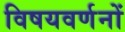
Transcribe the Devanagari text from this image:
विषयवर्णनों